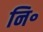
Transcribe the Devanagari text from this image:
नि॰